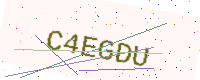
Text: C4EGDU